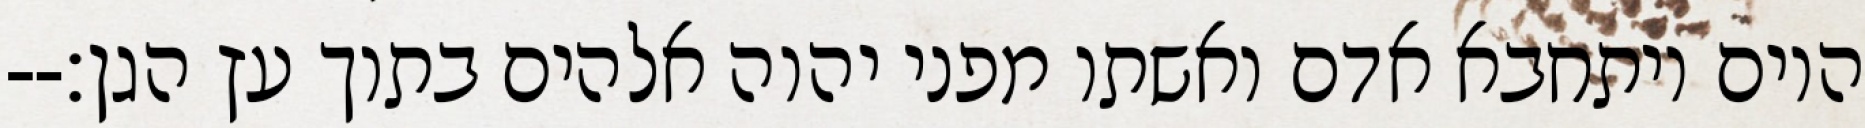
היום ויתחבא אדם ואשתו מפני יהוה אלהים בתוך עץ הגן׃--